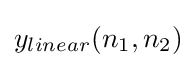
y_{linear}(n_{1},n_{2})